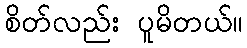
စိတ်လည်း ပူမိတယ်။